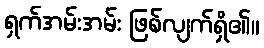
ရှက်အမ်းအမ်း ဖြစ်လျက်ရှိ၏။